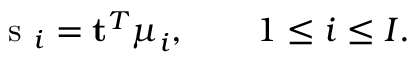
\mathrm { ~ s ~ } _ { i } = \mathbf { t } ^ { T } \boldsymbol { \mu } _ { i } , \qquad 1 \leq i \leq I .